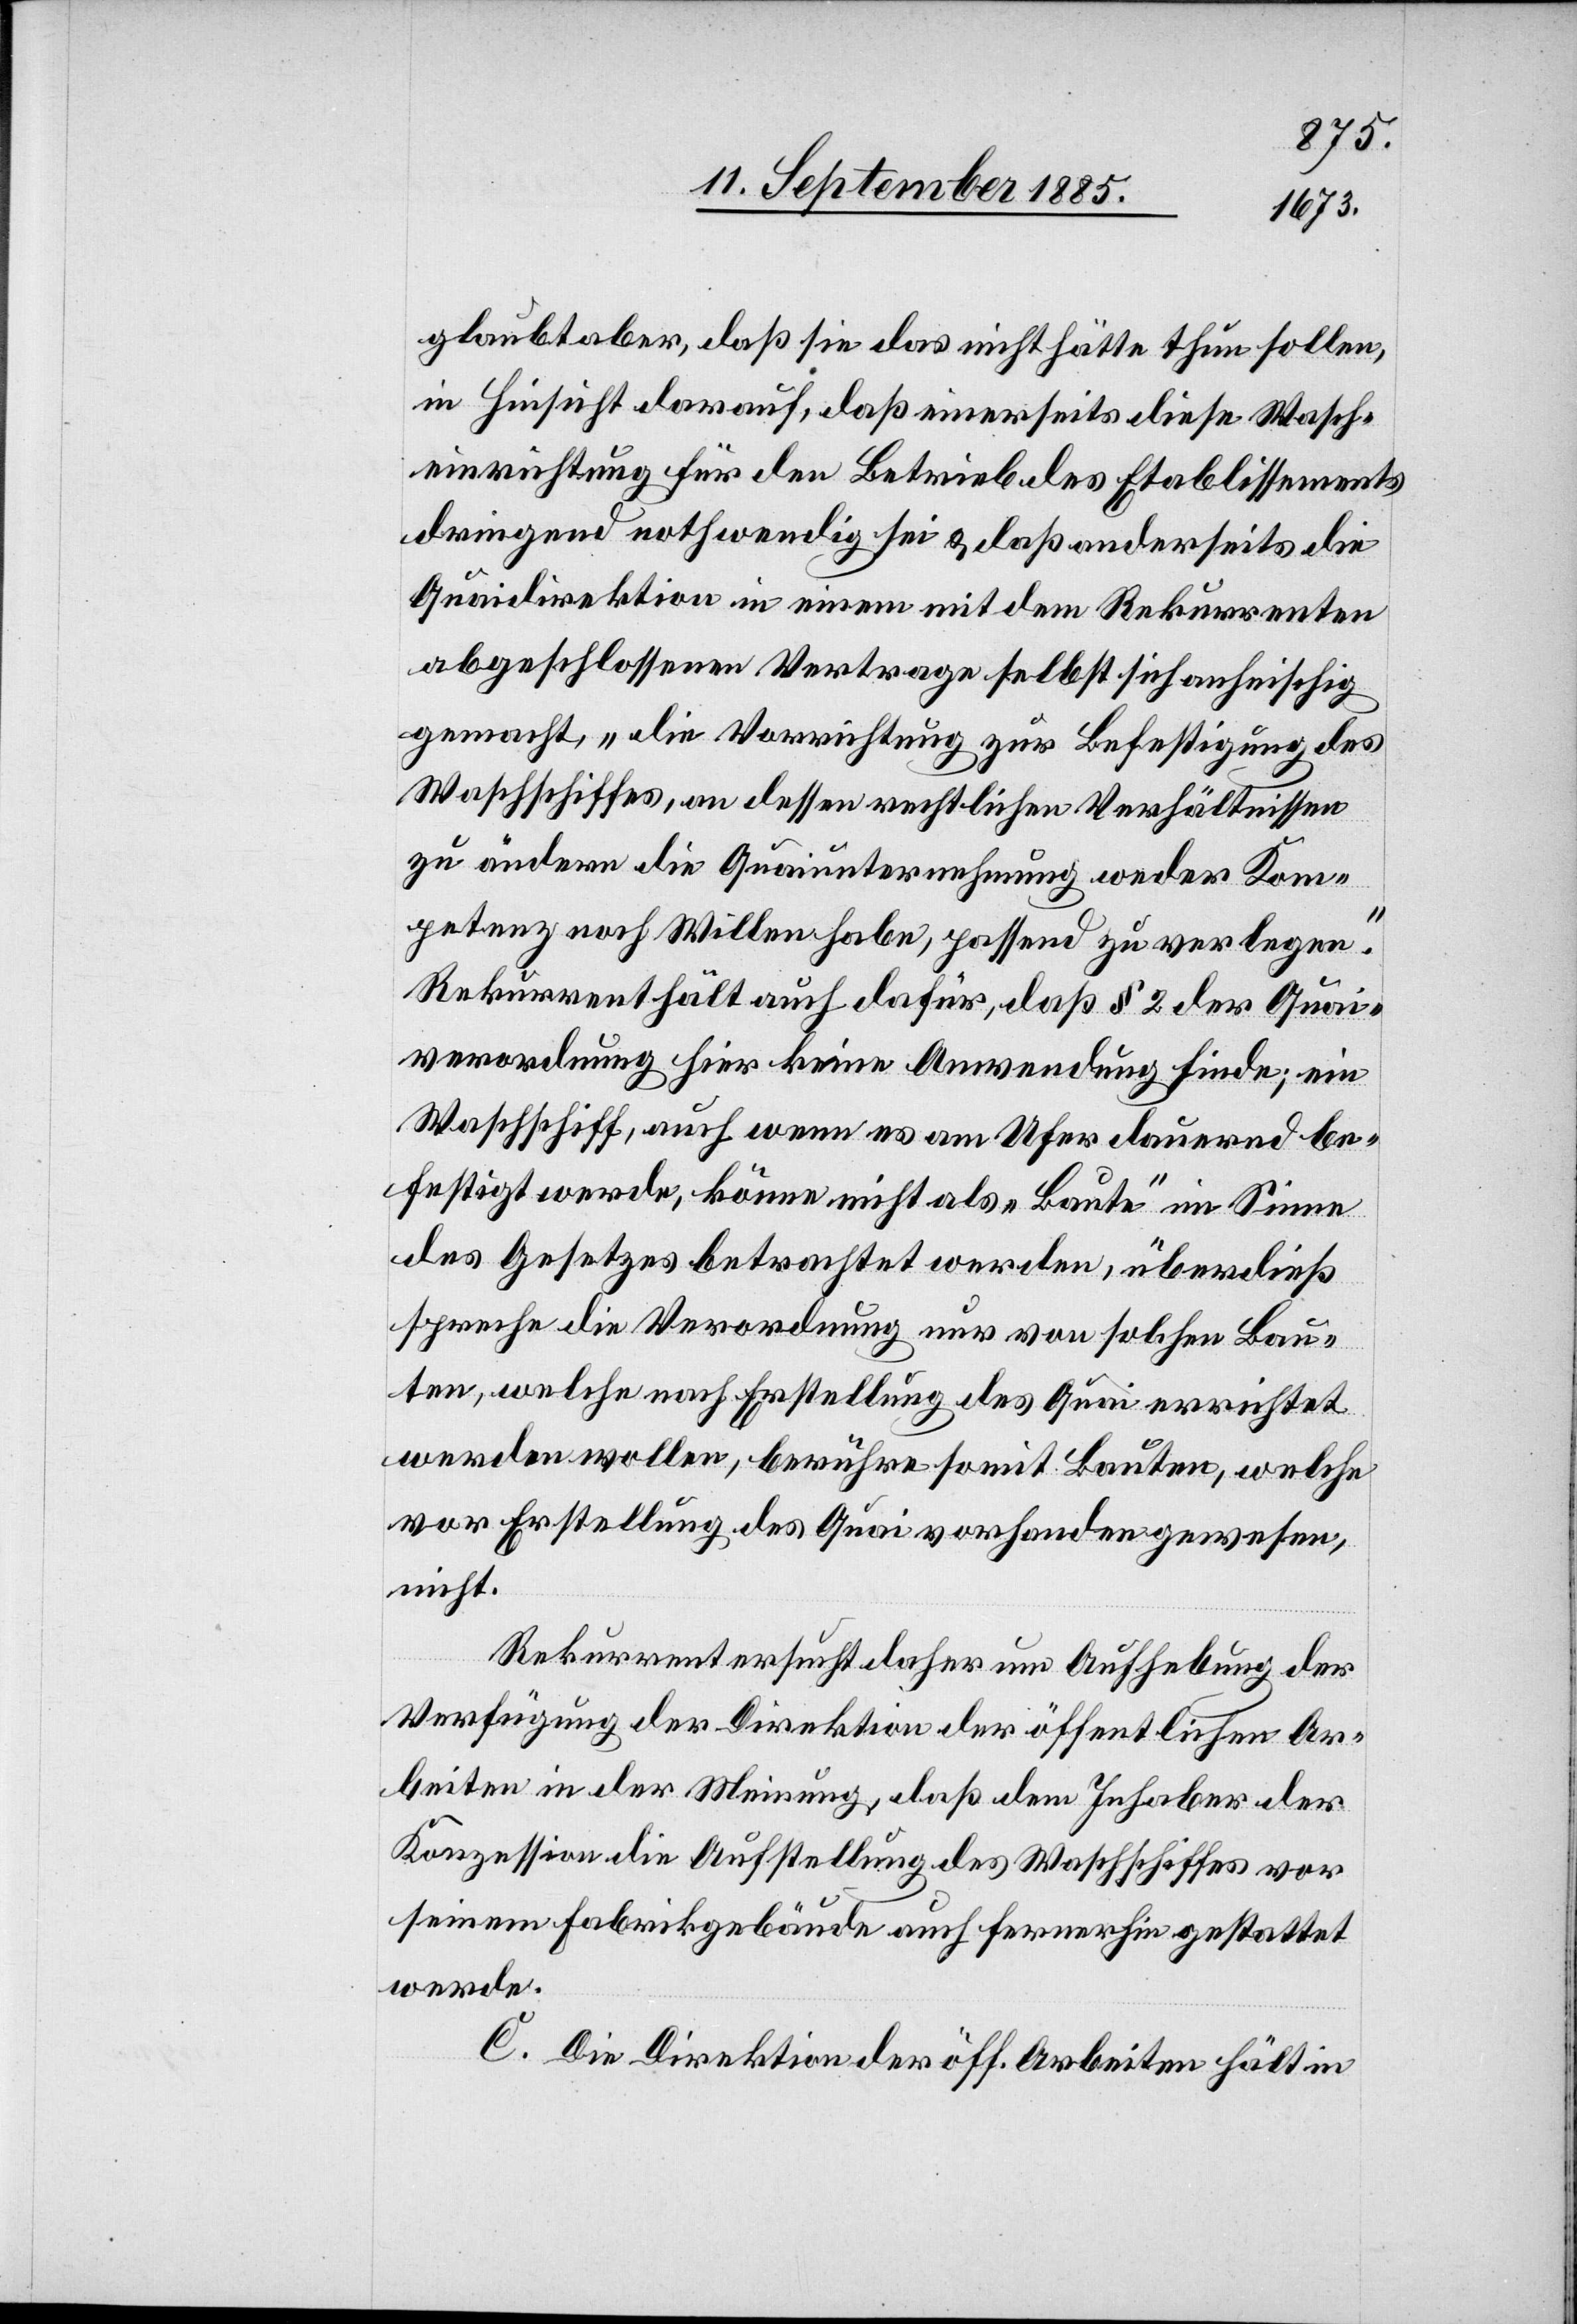
glaubt aber, daß sie das nicht hätte thun sollen,
in Hinsicht darauf, daß einerseits diese Wasch¬
einrichtung für den Betrieb des Etablissements
dringend nothwendig sei & daß anderseits die
Quaidirektion in einem mit dem Rekurrenten
abgeschlossenen Vertrage selbst sich anheischig
gemacht, „die Vorrichtung zur Befestigung des
Waschschiffes, an dessen rechtlichen Verhältnissen
zu ändern die Quaiunternehmung weder Kom¬
petenz noch Willen habe, passend zu verlegen“.
Rekurrent hält auch dafür, daß § 2 der Quai¬
verordnung hier keine Anwendung finde; ein
Waschschiff auch wenn es am Ufer dauernd be¬
festigt werde, könne nicht als „Baute“ im Sinne
des Gesetzes betrachtet werden, überdieß
spreche die Verordnung nur von solchen Bau¬
ten, welche nach Erstellung des Quai errichtet
werden wollen, berühre somit Bauten, welche
vor Erstellung des Quai vorhanden gewesen,
nicht.
Rekurrent ersucht daher um Aufhebung der
Verfügung der Direktion der öffentlichen Ar¬
beiten in der Meinung, daß dem Inhaber der
Konzession die Aufstellung des Waschschiffes vor
seinem Fabrikgebäude auch fernerhin gestattet
werde.
C. Die Direktion der öff. Arbeiten hält in